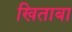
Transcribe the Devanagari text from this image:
खिताबा